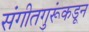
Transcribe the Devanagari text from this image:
संगीतगुरूंकडून